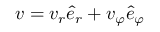
v = v _ { r } \hat { e } _ { r } + v _ { \varphi } \hat { e } _ { \varphi }